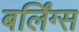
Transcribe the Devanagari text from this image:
बर्लिंग्स